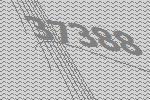
37388